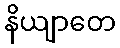
နိယျာတေ